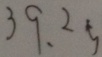
3 9 . 2 5